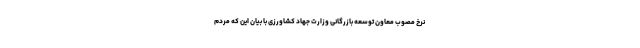
نرخ مصوب معاون توسعه بازرگانی وزارت جهاد کشاورزی با بیان این که مردم